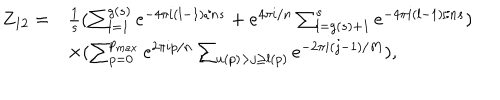
LaTeX: \begin{array} { l l } { { Z _ { 1 2 } = } } & { { \frac { 1 } { s } ( \sum _ { l = 1 } ^ { g ( s ) } e ^ { - 4 \pi i ( l - 1 ) / n s } + e ^ { 4 \pi i / n } \sum _ { l = g ( s ) + 1 } ^ { s } e ^ { - 4 \pi i ( l - 1 ) / n s } ) } } \\ { { } } & { { \times ( \sum _ { p = 0 } ^ { p _ { m a x } } e ^ { 2 \pi i p / n } \sum _ { u ( p ) > j \geq l ( p ) } e ^ { - 2 \pi i ( j - 1 ) / M } ) , } } \\ \end{array}